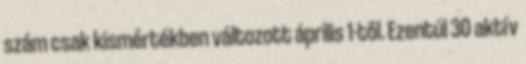
szám csak kismértékben változott április 1-től. Ezentúl 30 aktív